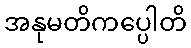
အနုမတိကပ္ပေါတိ